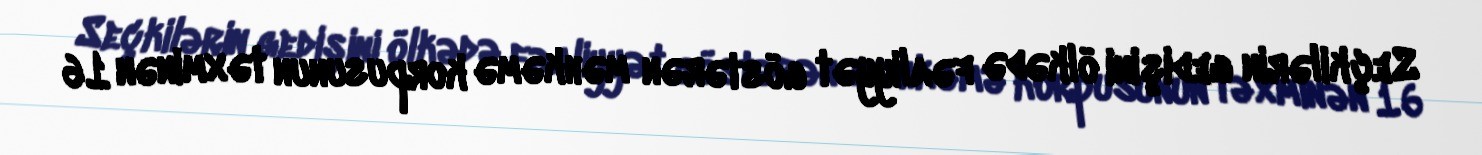
Seçkilərin gedişini ölkədə fəaliyyət göstərən məhkəmə korpusunun təxminən 16